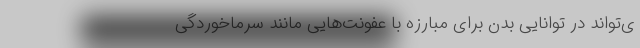
ی‌تواند در توانایی بدن برای مبارزه با عفونت‌هایی مانند سرماخوردگی